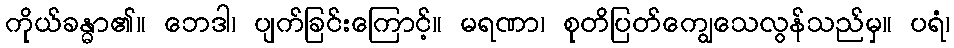
ကိုယ်ခန္ဓာ၏။ ဘေဒါ၊ ပျက်ခြင်းကြောင့်။ မရဏာ၊ စုတိပြတ်ကျွေသေလွန်သည်မှ။ ပရံ၊